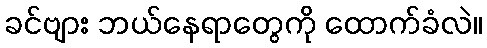
ခင်ဗျား ဘယ်နေရာတွေကို ထောက်ခံလဲ။